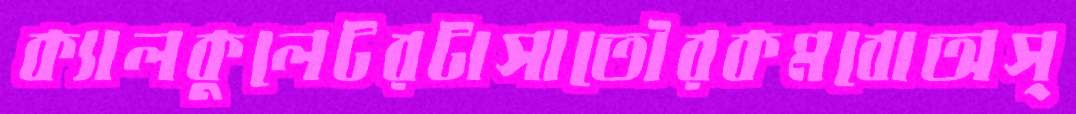
ক্যালকুলেটরটাসাতৌরকমবোঅস্